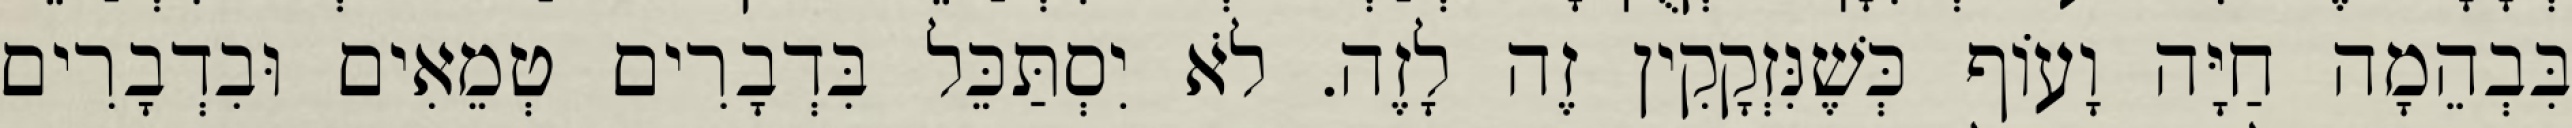
בִּבְהֵמָה חַיָּה וָעוֹף כְּשֶׁנִּזְקָקִין זֶה לָזֶה. לֹא יִסְתַּכֵּל בִּדְבָרִים טְמֵאִים וּבִדְבָרִים